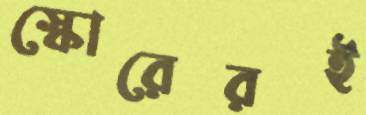
স্কোরেরই